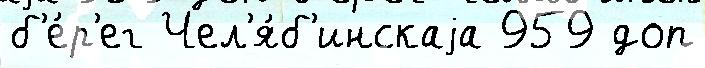
б'е́р'ег Чел'я́б'инскаjа 959 доп